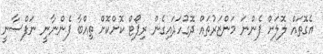
އެގޮތައް ލޮލަށް ފެންނަ މަންޒަރުތައް ދޮގުހަދައިގެން ރިޕޯޓް ކޮށްކޮށް ތިއްބާ ފެންނާނީ ނަފްސާނީ